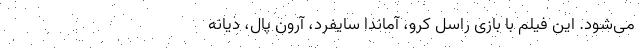
می‌شود. این فیلم با بازی راسل کرو، آماندا سایفرد، آرون پال، دیانه